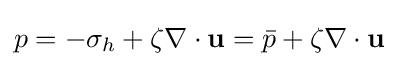
p=-\sigma _{h}+\zeta \nabla \cdot \mathbf {u} ={\bar {p}}+\zeta \nabla \cdot \mathbf {u}